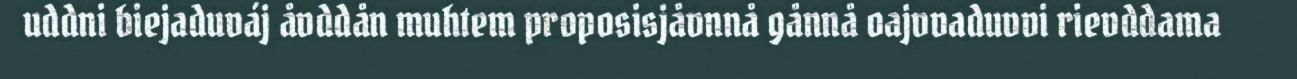
uddni biejaduváj åvddån muhtem proposisjåvnnå gånnå oajvvaduvvi rievddama